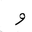
Letter: _waw